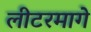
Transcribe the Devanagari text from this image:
लीटरमागे